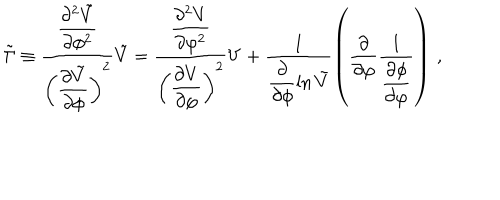
LaTeX: \tilde { \Gamma } \equiv \frac { \displaystyle { \frac { \partial ^ { 2 } \tilde { V } } { \partial \phi ^ { 2 } } } } { \left( \displaystyle { \frac { \partial \tilde { V } } { \partial \phi } } \right) ^ { 2 } } \tilde { V } = \frac { \displaystyle { \frac { \partial ^ { 2 } V } { \partial \varphi ^ { 2 } } } } { \left( \displaystyle { \frac { \partial V } { \partial \varphi } } \right) ^ { 2 } } V + \frac { 1 } { \displaystyle { \frac { \partial } { \partial \phi } \ln \tilde { V } } } \left( \frac { \partial } { \partial \varphi } \frac { 1 } { \displaystyle { \frac { \partial \phi } { \partial \varphi } } } \right) \, , \nonumber